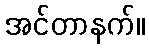
အင်တာနက်။